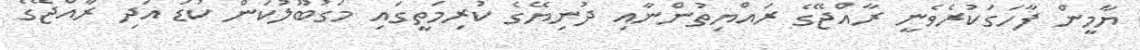
ޔާމީން ފާހަގަކުރެވެނީ ރާއްޖޭގެ ރައްޔިތުންނާއި ދުނިޔޭގެ ކުރިމަތީގައި މަގުބޫލުކަން ކުޑަ އަދި ރާއްޖޭގެ